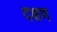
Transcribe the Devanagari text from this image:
दक्षण